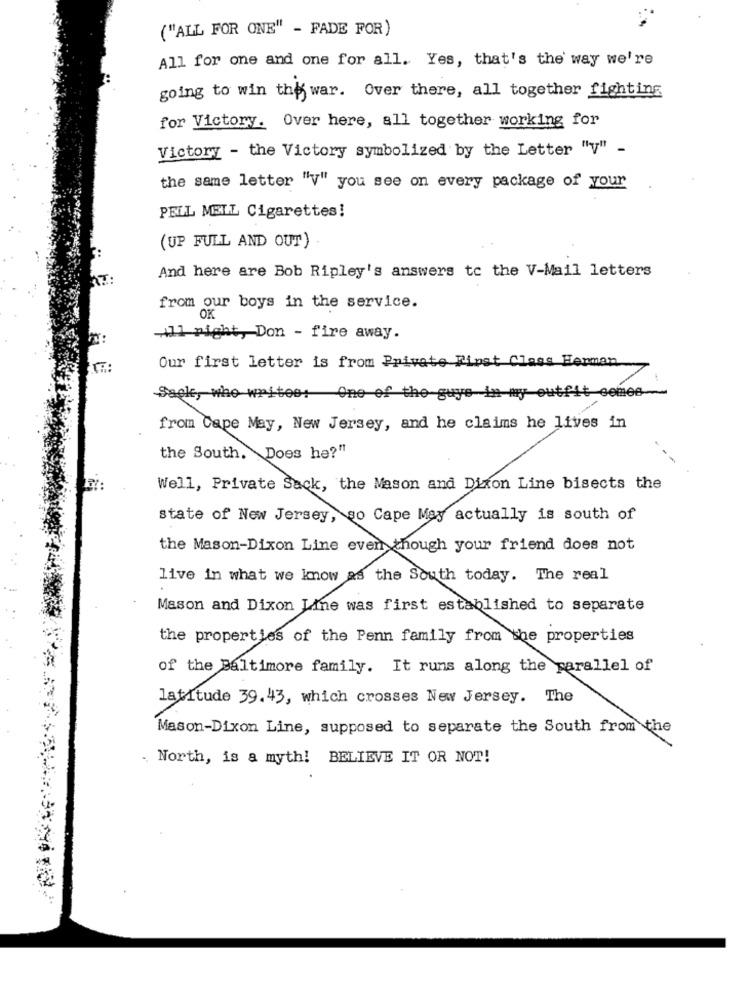
("ALL FOR ONE" - FADE FOR)
All for one and one for all. Yes, that's the way we're
going to win the war. Over there, all together fighting
for Victory. Over here, all together working for
Victory - the Victory symbolized by the Letter "y" -
the same letter "V" you see on every package of your
PELL MELL Cigarettes!
(UP FULL AND OUT)
And here are Bob Ripley's answers to the V-Mail letters
from our boys in the service.
OK
-1 night, Don - fire away.
Our first letter is from Private First Class Herman
Sagle, who writes: One of the guys in my outfit semes-
from Cape May, New Jersey, and he claims he lives in
the South. Does he?"
Well, Private Sack, the Mason and Dixon Line bisects the
state of New Jersey, so Cape May actually is south of
the Mason-Dixon Line even though your friend does not
live in what we know as the South today. The real
Mason and Dixon Line was first established to separate
the properties of the Penn family from the properties
of the Baltimore family. It runs along the parallel of
latitude 39.43, which crosses New Jersey. The
Mason-Dixon Line, supposed to separate the South from the
. North, is a myth! BELIEVE IT OR NOT!